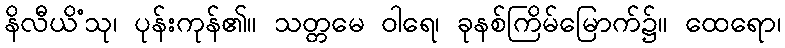
နိလီယိံသု၊ ပုန်းကုန်၏။ သတ္တမေ ဝါရေ၊ ခုနစ်ကြိမ်မြောက်၌။ ထေရော၊